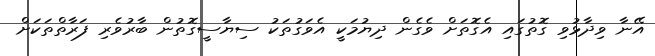
އޭނާ ވިދާޅުވި ގޮތުގައި އެގޮތަށް ވެގެން ދިޔުމަކީ އެވަގުތަކު ސިޔާސީގޮތުން ބާރުވެރި ފަރާތްތަކަށް